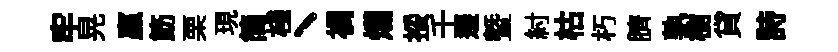
牢晃贏筯栗現简棧丶裯爛挼千遷曁紂枯朽臍孰樹貸詩